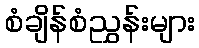
စံချိန်စံညွှန်းများ